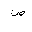
Letter: _sad